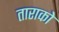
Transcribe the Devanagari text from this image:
ताराको